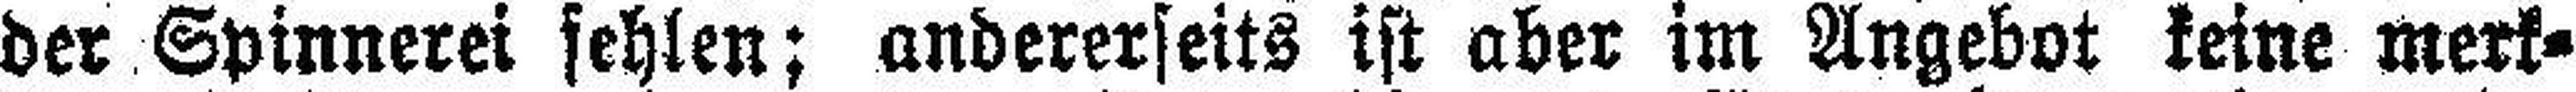
der Spinnerei fehlen; andererseits ist aber im Angebot keine merk¬